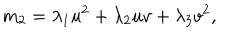
m _ { 2 } = \lambda _ { 1 } u ^ { 2 } + \lambda _ { 2 } u v + \lambda _ { 3 } v ^ { 2 } ,